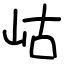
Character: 岵